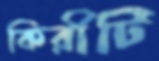
কিরীটি